Annual vaccination report of Bihar and Orissa - 1911-1928
Year: 1911
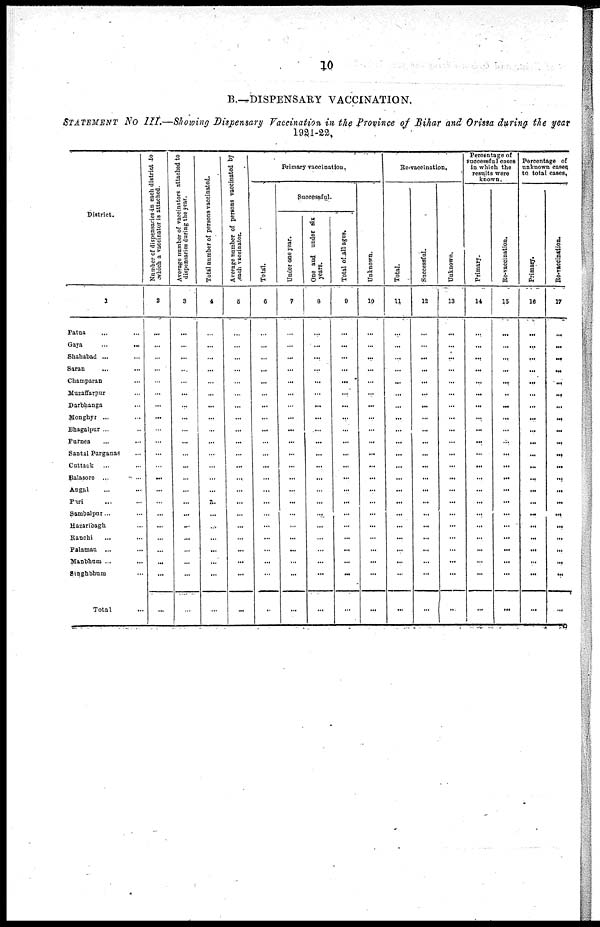
10
B.—DISPENSARY VACCINATION.
STATEMENT No III.—Showing Dispensary Vaccination in the Province of Bihar and Orissa during the year
1921-22.
District.
1
Patna ... ...
Gaya
...
...
Shahabad ... ...
Saran ... ...
Champaran ... ...
Muzaffarpur ...
Darbhanga ...
Monghyr ... ...
Bhagalpur ... ...
Purnea ... ...
Santal Parganas ...
Cattack ... ...
Balasore
...
...
Angnl ... ...
Puri ... ...
Sambalpur... ...
Hazaribagh ...
Ranchi ... ...
Palamau ... ...
Manbhum
...
...
Singhbhum ...
Total ...
Number of dispensaries in each district to
which a vaccinator is attached.
2
...
...
...
...
...
...
...
...
...
...
...
...
...
...
...
...
...
...
...
...
...
...
Average number of vaccinators attached to
dispensaries during the year.
3
...
...
...
...
...
...
...
...
...
...
...
...
...
...
...
...
...
...
...
...
...
...
Total number of persons vaccinated.
4
...
...
...
...
...
...
...
...
...
...
...
...
...
...
...
...
...
...
...
...
...
...
Average number of persons vaccinated by
each vaccinator.
5
...
...
...
...
...
...
...
...
...
...
...
...
...
...
...
...
...
...
...
...
...
...
Primary vaccination.
Total.
6
...
...
...
...
...
...
...
...
...
...
...
...
...
...
...
...
...
...
...
...
...
...
Successful.
Under one year.
7
...
...
...
...
...
...
...
...
...
...
...
...
...
...
...
...
...
...
...
...
...
...
One and under six
years.
8
...
...
...
...
...
...
...
...
...
...
...
...
...
...
...
...
...
...
...
...
...
...
Total of all ages.
9
...
...
...
...
...
...
...
...
...
...
...
...
...
...
...
...
...
...
...
...
...
...
Unknown.
10
...
...
...
...
...
...
...
...
...
...
...
...
...
...
...
...
...
...
...
...
...
...
Re-vaccination.
Total.
11
...
...
...
...
...
...
...
...
...
...
...
...
...
...
...
...
...
...
...
...
...
...
Successful
12
...
...
...
...
...
...
...
...
...
...
...
...
...
...
...
...
...
...
...
...
...
...
Unknown.
13
...
...
...
...
...
...
...
...
...
...
...
...
...
...
...
...
...
...
...
...
...
...
Percentage of
successful cases
in which the
results were
known.
Primary.
14
...
...
...
...
...
...
...
...
...
...
...
...
...
...
...
...
...
...
...
...
...
...
Re-vaccination.
15
...
...
...
...
...
...
...
...
...
...
...
...
...
...
...
...
...
...
...
...
...
...
Percentage of
unknown cases
to total cases.
Primary.
16
...
...
...
...
...
...
...
...
...
...
...
...
...
...
...
...
...
...
...
...
...
...
Re-vaccination.
17
...
...
...
...
...
...
...
...
...
...
...
...
...
...
...
...
...
...
...
...
...
...